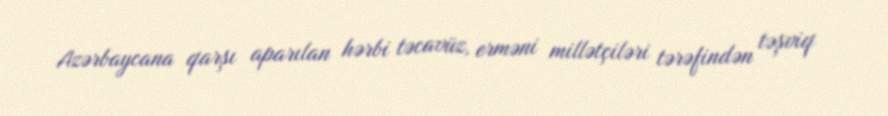
Azərbaycana qarşı aparılan hərbi təcavüz, erməni millətçiləri tərəfindən təşviq